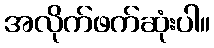
အလိုက်ဖက်ဆုံးပါ။